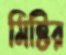
মিষ্টির